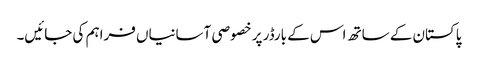
پاکستان کے ساتھ اس کے بارڈر پر خصوصی آسانیاں فراہم کی جائیں۔